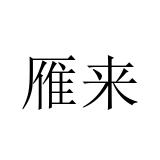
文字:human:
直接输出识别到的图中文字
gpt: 雁来